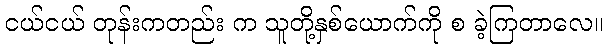
ငယ်ငယ် တုန်းကတည်း က သူတို့နှစ်ယောက်ကို စ ခဲ့ကြတာလေ။